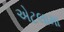
એટલામા